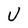
Character: U